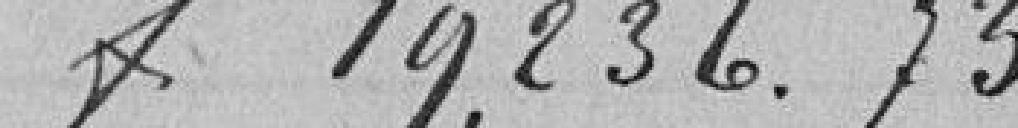
francs 19 236,73